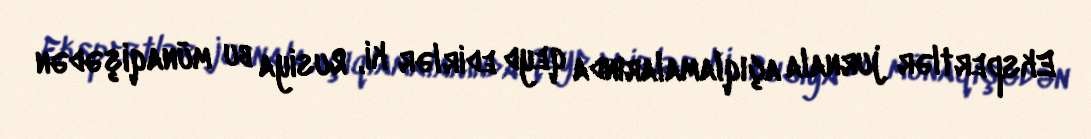
Ekspertlər jurnala açıqlamalarında qeyd edirlər ki, Rusiya bu münaqişədən